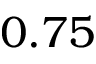
0 . 7 5